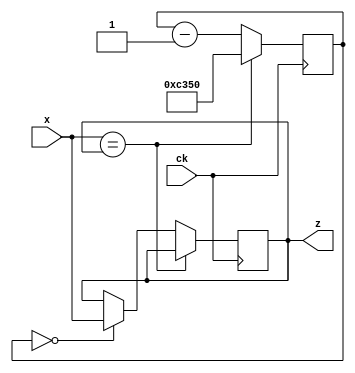
// Design: debouncer
// Description: Counter-based debouncers.
// Copyright Universidad de Sevilla, Spain

////////////////////////////////////////////////////////////////////////////////
// This file is free software: you can redistribute it and/or modify it under //
// the terms of the GNU General Public License as published by the Free       //
// Software Foundation, either version 3 of the License, or (at your option)  //
// any later version. See <http://www.gnu.org/licenses/>.                     //
////////////////////////////////////////////////////////////////////////////////

/*
   Every button or switch may produces "bounces" when changing from on to off or
   from off to on: the contact oscillates during the connection or disconnection
   process and several pulses can be produced before the connection settles to
   an stable value. In digital, the signal may oscillate between '0' and '1'
   before reaching the final state.

   For this reason, in any practical digital circuits, inputs coming from
   switches or push buttons are filtered through special circuits called
   "debouncers" that eliminate the oscillating part of the signal and produce
   a single transition when the signal changes from one value to the other.

   Because bounces are produced very quickly and last for a very short time
   (less than 1ms) a possible strategy to implement a bouncer is to use a
   counter so that the input (bouncing) value is copied to the output only
   when it has been stable for a given number of clock cycles.

   In this examples, a debouncer circuit with an input x and an output z is
   implemented so that the input is considered stable and copied to the
   output when it has been stable for about 1ms. The system clock is
   considered to run at 50MHz.

   An edge detector is also implemented. The edge detector generates single
   clock cycle pulse when the input changes its value. In this example, only
   positive (rising) edges are detected. An edge detector can be used together
   with a debouncer to generate a clean single cycle pulse from a noisy input.
*/

`timescale 1ns / 1ps

//////////////////////////////////////////////////////////////////////////
// Debouncer                                                            //
//////////////////////////////////////////////////////////////////////////

module debouncer #(
    parameter delay = 50000   // number of cycles to consider stable
                              // it makes 1ms with a 50MHz clock
    )(
    input wire ck,      // clock
    input wire x,       // input
    output reg z = 0    // output
    );

    reg [15:0] count = 0;    // can count from 0 to 65535

    always @(posedge ck) begin
        /* If the input is equal to the output, keep the same output
         * and reset the counter */
        if (x == z)
            count <= delay;
        /* If the input is different from the output, change the
         * output but only if the diference lasts for the defined
         * delay */
        else begin
            count <= count - 1;
            if (count == 0)
                z <= x;
        end
    end
endmodule // debouncer

//////////////////////////////////////////////////////////////////////////
// Edge detector                                                        //
//////////////////////////////////////////////////////////////////////////

module edge_detector (
    input wire ck,      // clock
    input wire x,       // input
    output reg z = 0    // output
    );

    reg old_x = 0;

    always @(posedge ck) begin
        old_x <= x;
        if (old_x != x && x == 1'b1)
            z <= 1;
        else
            z <= 0;
    end
endmodule // edge_detector

/*
   EXERCISE

   1. Compile the modules in this file with:

      $ iverilog debouncer.v

      to check that there are not syntax errors.
*/